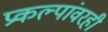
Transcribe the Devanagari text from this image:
प्रकल्पांवरही